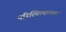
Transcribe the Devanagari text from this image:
परिस्थित्यात्मक